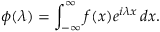
\phi ( \lambda ) = \int _ { - \infty } ^ { \infty } f ( x ) e ^ { i \lambda x } \, d x .